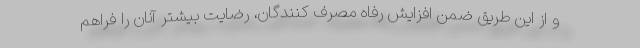
و از این طریق ضمن افزایش رفاه مصرف کنندگان، رضایت بیشتر آنان را فراهم